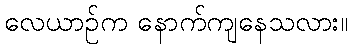
လေယာဉ်က နောက်ကျနေသလား။